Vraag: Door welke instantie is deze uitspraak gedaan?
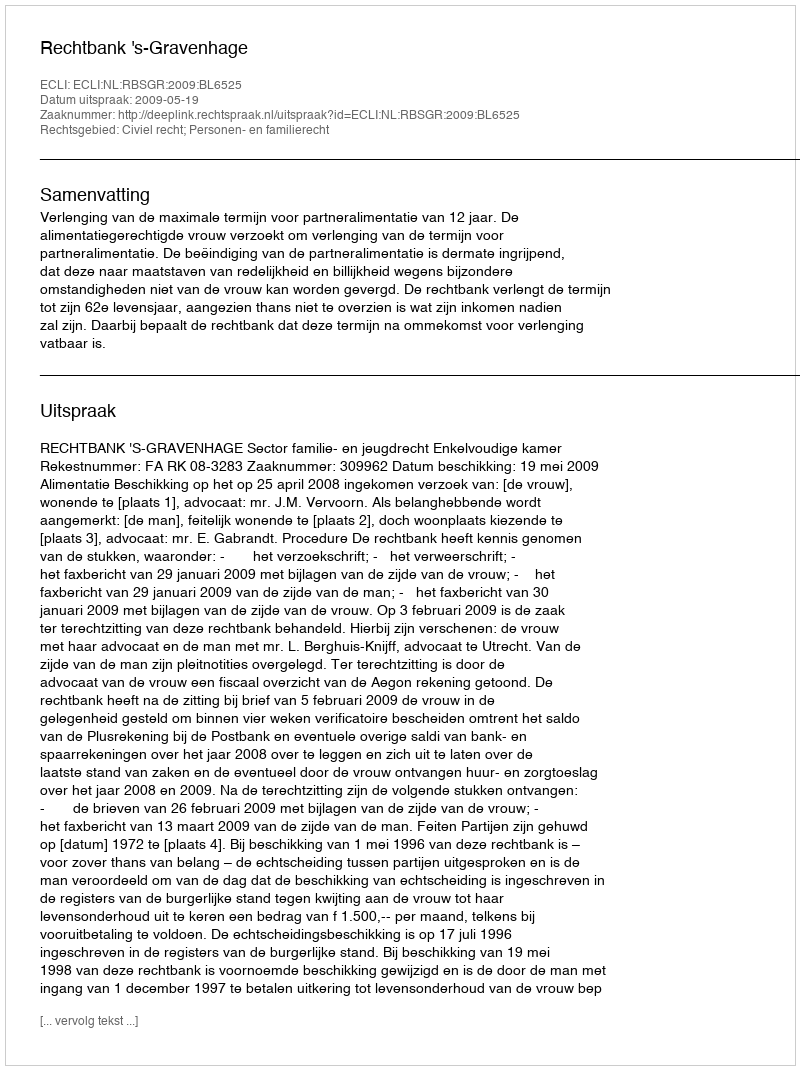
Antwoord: Rechtbank 's-Gravenhage